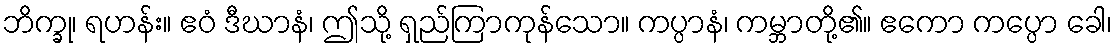
ဘိက္ခု၊ ရဟန်း။ ဧဝံ ဒီဃာနံ၊ ဤသို့ ရှည်ကြာကုန်သော။ ကပ္ပာနံ၊ ကမ္ဘာတို့၏။ ဧကော ကပ္ပော ခေါ၊